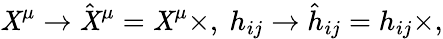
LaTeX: {}\mathit{X}^{\mu}\rightarrow\hat{{\mathit{X}}}^{\mu}=\mathit{X}^{\mu}\times,\ h_{ij}\rightarrow\hat{{h}}_{ij}=h_{ij}\times,